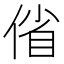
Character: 偗